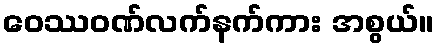
ဝေဿဝဏ်လက်နက်ကား အစွယ်။